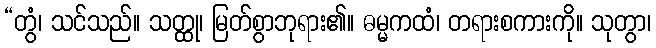
“တွံ၊ သင်သည်။ သတ္ထု၊ မြတ်စွာဘုရား၏။ ဓမ္မကထံ၊ တရားစကားကို။ သုတွာ၊